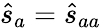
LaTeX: \hat{s}_{a}=\hat{s}_{aa}